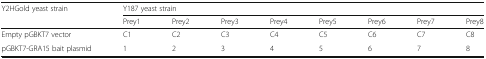
| <ROWSPAN=2> Y2HGold yeast strain | <COLSPAN=8> Y187 yeast strain |
 | Prey1 | Prey2 | Prey3 | Prey4 | Prey5 | Prey6 | Prey7 | Prey8 |
 | --- | --- | --- | --- | --- | --- | --- | --- | --- |
 | Empty pGBKT7 vector | C1 | C2 | C3 | C4 | C5 | C6 | C7 | C8 |
 | pGBKT7-GRA15 bait plasmid | 1 | 2 | 3 | 4 | 5 | 6 | 7 | 8 |